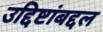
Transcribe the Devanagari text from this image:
उद्दिष्टांबद्दल